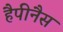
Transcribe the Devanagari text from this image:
हैपीनैस